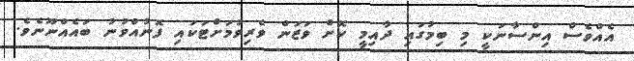
އެއްވެސް އިންސާނަކީ މި ބިމުގައި ދާއިމީ ކޮށް ވަޒަން ވެރިވުމަށްޓަކައި ފޮނުއްވުނު ބައެއްނޫނެވެ.